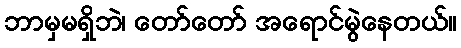
ဘာမှမရှိဘဲ၊ တော်တော် အရောင်မွဲနေတယ်။